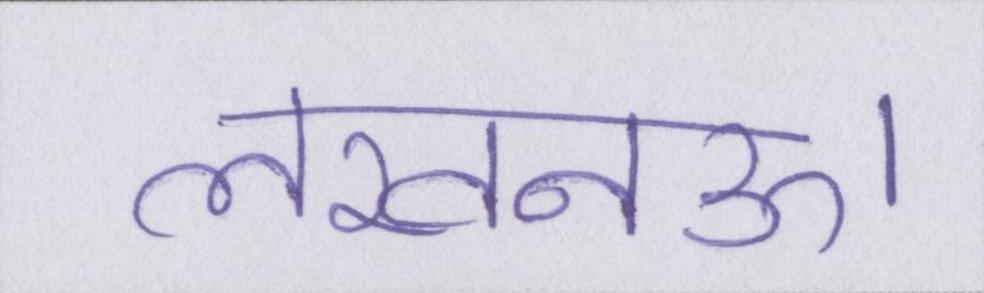
लखनऊ।